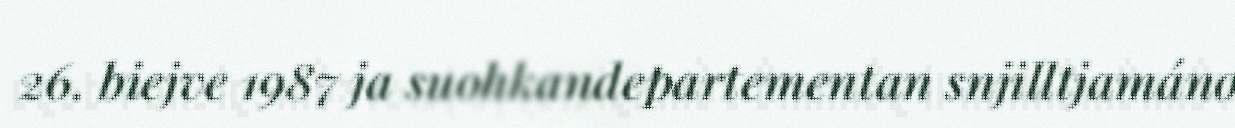
26. biejve 1987 ja suohkandepartementan snjilltjamáno